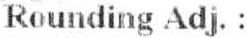
ROUNDING ADJ. :